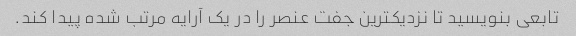
تابعی بنویسید تا نزدیکترین جفت عنصر را در یک آرایه مرتب شده پیدا کند.